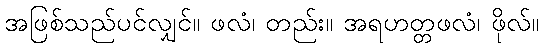
အဖြစ်သည်ပင်လျှင်။ ဖလံ၊ တည်း။ အရဟတ္တဖလံ၊ ဖိုလ်။